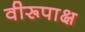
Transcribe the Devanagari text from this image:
वीरूपाक्ष